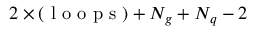
2 \times ( \mathrm { ~ l ~ o ~ o ~ p ~ s ~ } ) + { \cal N } _ { g } + { \cal N } _ { q } - 2